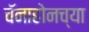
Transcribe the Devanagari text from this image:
चॅनाहोनच्या